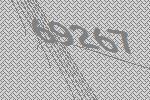
69267